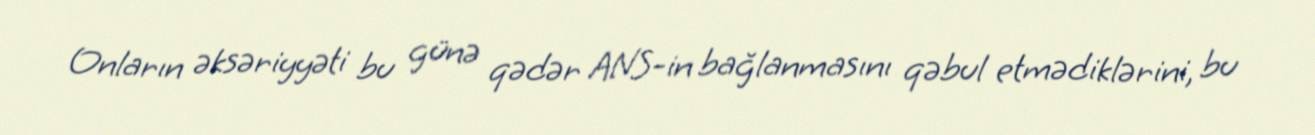
Onların əksəriyyəti bu günə qədər ANS-in bağlanmasını qəbul etmədiklərini, bu